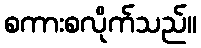
စကားစလိုက်သည်။